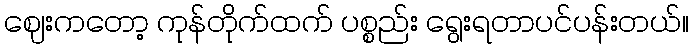
ဈေးကတော့ ကုန်တိုက်ထက် ပစ္စည်း ရွေးရတာပင်ပန်းတယ်။